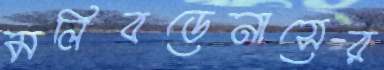
মলিবডেনাসের